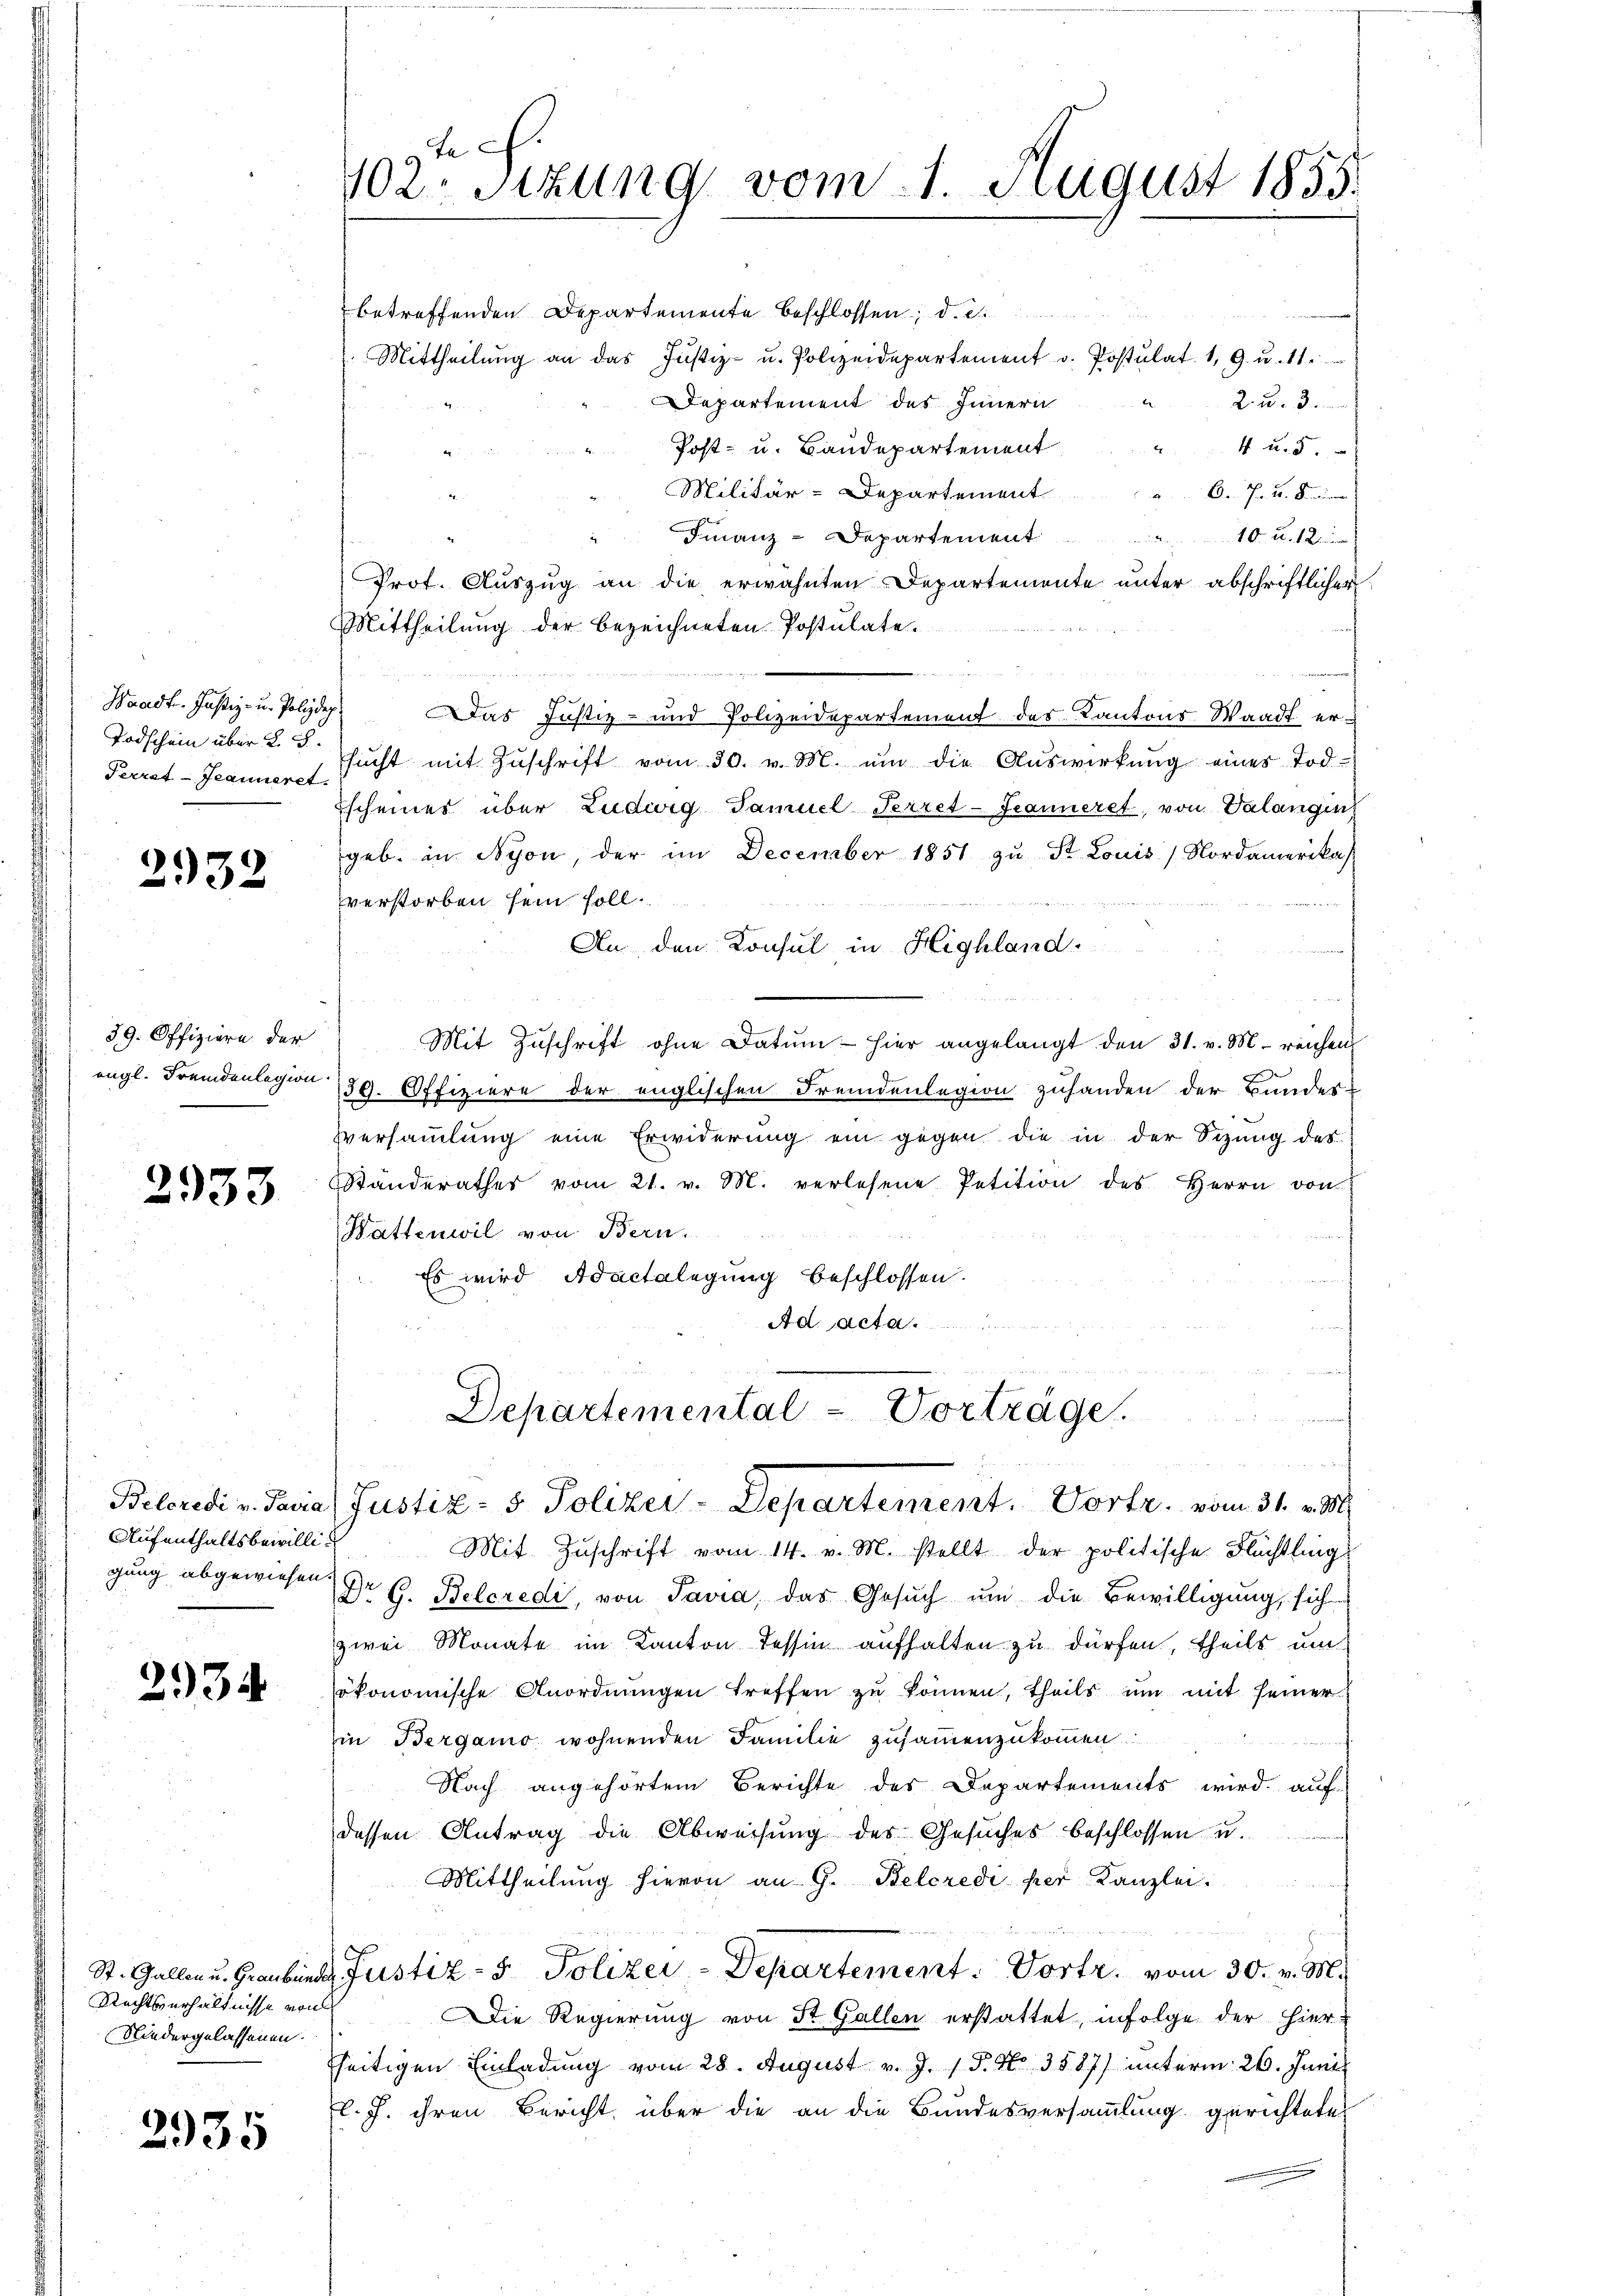
Todschein über 2. 5.
Terrat Jeanneret.

2932

39. Offiziere der
eügl. Fremdenlegion

2933

Aufenthaltsbewilligung abgewiesen.

2934

Rechtsverhältnisse von
Niedergelassenen.

2935

tech
102. Sitzung vom 1. August 1855.

betreffenden Departemente beschlossen; d. d.
Mittheilŭng an das Justiz- u. Polizeidepartement v. Postulat. 19. u. 11.
Departement des Innern 2 u. 3.
Post- u. Baudepartement. 4 u. 5.
Militär-Departement
C. J. u. Kammen
Finanz-Departement
1 Art eine
Prot. Auszug an die erwähnten Departemente unter abschriftlicher
Mittheilung der bezeichneten Postulate.
 Waadt. Justiz- u. Polydy) Das Justiz- und Polizeidepartement des Kantons Waadt er-
sŭcht mit Zŭschrift vom 30. v. M. ŭm die Aŭswirkŭng eines Tod.
Escheines über Ludwig Samuel Terret-Seanneret, von Valangin
geb. in Nyon, der im December 1851 zu St. Louis Nordamerikas
verstorben sein soll.
An den Konsul in Highland.
Mit Zŭschrift ohne Datum hier angelangt den 31. v. M. reichen
139. Offiziere der englischen Fremdenlegion zuhanden der Bundes-
sversammlung eine Erwiderung ein gegen die in der Sizung des
Ständerathes vom 21. v. M. verlesene Petition des Herrn von
Wattenwil von Bern,
Es wird Adactelegung beschlossen.
Ad. geta
.
Departemental-Vorträge.
Belcredi v. Taria (Justiz- & Polizei-Departement. Vortr. vom 31. v. M.
Mit Zuschrift vom 14. v. M. stellt der politische Flüchtling
Dr G. Belcredi, von Savia, das Gesuch um die Bewilligung, sich
zwei Monate im Kanton Tessin aufhalten zu dürfen, theils um
ökonomische Anordnŭngen treffen zŭ können, theils um mit seiner
in Bergamo wohnenden Familie zusammenzukommen
Nach angehörtem Berichte des Departements wird auf
dessen Antrag die Abweisung des Gesuches beschlossen u.
Mittheilung hievon an G. Belcredi per Kanzlei.
St. Gallen u. Graubünde Justiz- & Polizei - Departement. Vortr. vom 30. v. M.
Die Regierung von St. Gallen erstattet, infolge der hier-
fseitigen Einladung vom 28. August v. J. 18. No 3587) unterm 26. Juni
l. J. ihren Bericht über die an die Bundesversammlung gerichteten